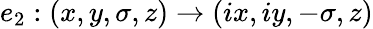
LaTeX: e_{2}:(x,y,\sigma,z)\to(ix,iy,-\sigma,z)